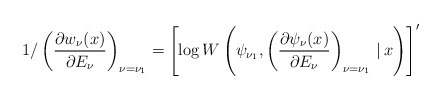
\begin{gather*} 1/\left( \frac{\partial w_{\nu }(x)}{\partial E_{\nu }}\right) _{\nu =\nu _{1}}=\left[ \log W\left( \psi _{\nu _{1}},\left( \frac{\partial \psi _{\nu }(x)}{\partial E_{\nu }}\right) _{\nu =\nu _{1}}\,|\, x\right) \right] ^{\prime }\end{gather*}